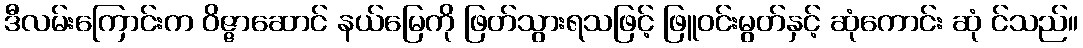
ဒီလမ်းကြောင်းက ဝိဇ္ဇာဆောင် နယ်မြေကို ဖြတ်သွားရသဖြင့် ဖြူဝင်းမွတ်နှင့် ဆုံကောင်း ဆုံ င်သည်။